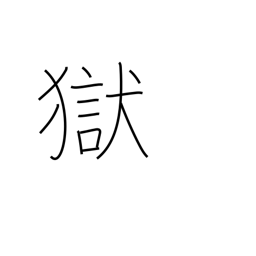
Meaning: jail